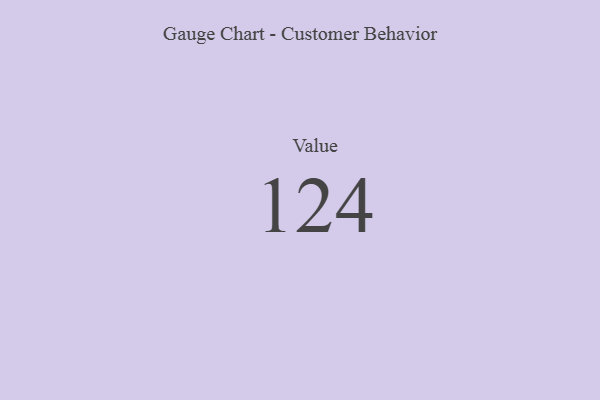
{"axis": {"x": "Metric", "y": "Value"}, "legend": [""], "data": [{"x": "Value", "y": 124, "type": ""}]}